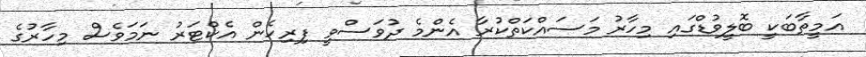
އަމީތާބަކީ ބޮލީވުޑްގައި މިހާރު މަސައްކަތްކުރާ އެންމެ ދުވަސްވީ ފިރިހެން އެކްޓަރު ނަމަވެސް މިހާރުގެ